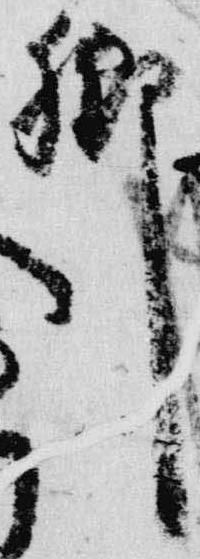
郷